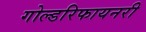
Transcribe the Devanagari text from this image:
गोल्डरिफायनरी